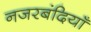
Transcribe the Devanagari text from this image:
नजरबंदियाँ